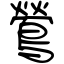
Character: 鶯